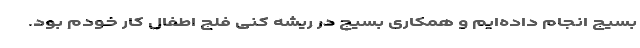
بسیج انجام داده‌ایم و همکاری بسیج در ریشه کنی فلج اطفال کار خودم بود.